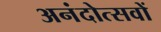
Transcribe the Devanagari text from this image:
अनंदोत्सवों